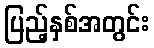
ပြည့်နှစ်အတွင်း